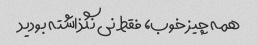
همه چیز خوب، فقط نی نگذاشته بودید